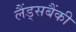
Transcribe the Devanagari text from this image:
लैंड्सबैंकी